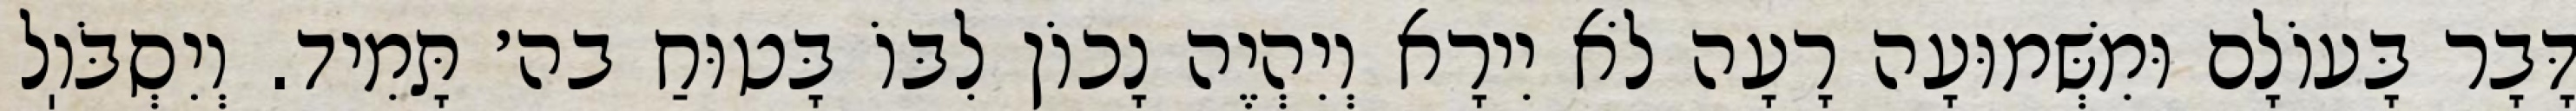
דָּבָר בָּעוֹלָם וּמִשְּׁמוּעָה רָעָה לֹא יִירָא וְיִהְיֶה נָכוֹן לִבּוֹ בָּטוּחַ בה׳ תָּמִיד. וְיִסְבֹּוֽל